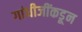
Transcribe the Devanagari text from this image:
गांधीजींकडून